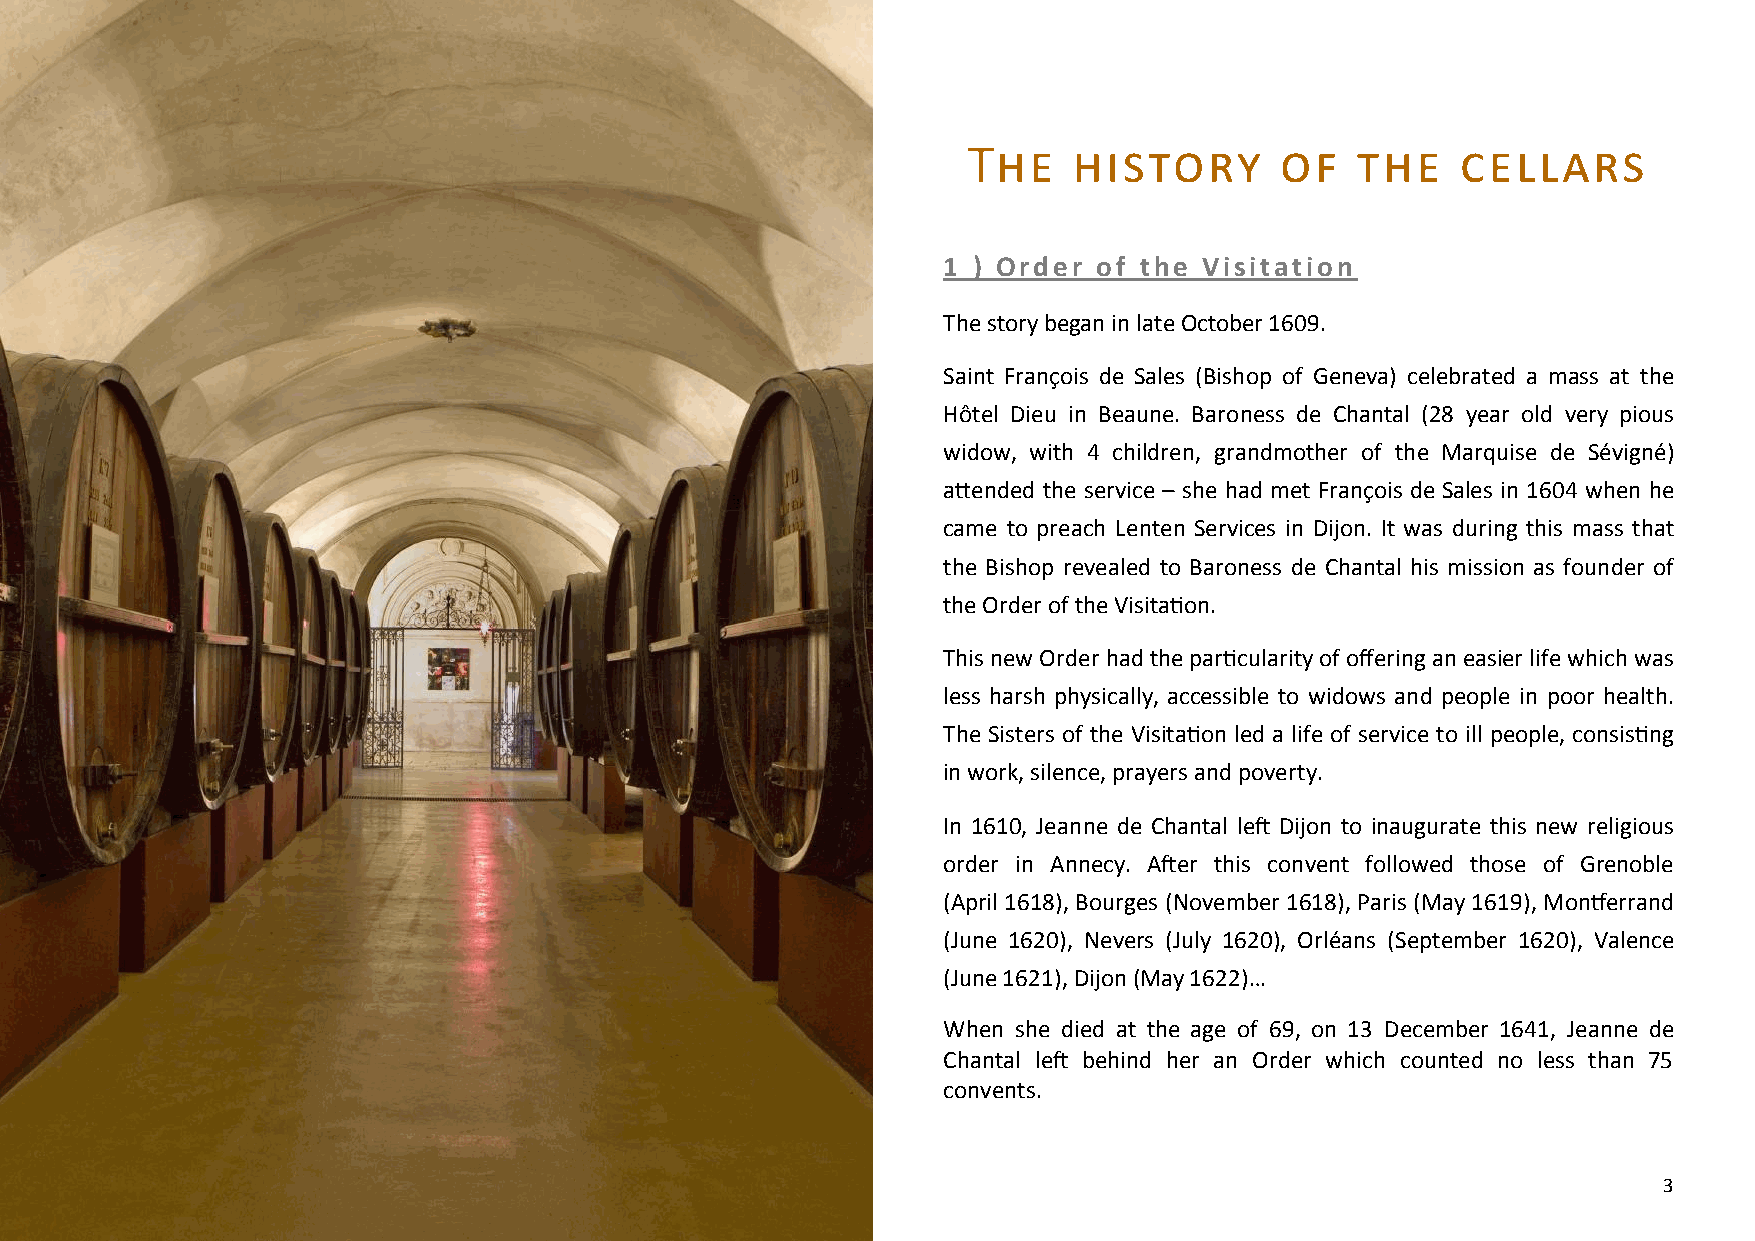
The    history       of   the    cellars
 1 ) Order  of the Visitation
 The story began in late October 1609.
 Saint François de Sales (Bishop of Geneva) celebrated a mass at the
 Hôtel Dieu in Beaune. Baroness de Chantal (28 year old very pious
 widow, with 4 children, grandmother of the Marquise de Sévigné)
 attended the service – she had met François de Sales in 1604 when he
 came to preach Lenten Services in Dijon. It was during this mass that
 the Bishop revealed to Baroness de Chantal his mission as founder of
 the Order of the Visitation.
 This new Order had the particularity of offering an easier life which was
 less harsh physically, accessible to widows and people in poor health.
 The Sisters of the Visitation led a life of service to ill people, consisting
 in work, silence, prayers and poverty.
 In 1610, Jeanne de Chantal left Dijon to inaugurate this new religious
 order in Annecy. After this convent followed those of Grenoble
 (April 1618), Bourges (November 1618), Paris (May 1619), Montferrand
 (June 1620), Nevers (July 1620), Orléans (September 1620), Valence
 (June 1621), Dijon (May 1622)…
 When she died at the age of 69, on 13 December 1641, Jeanne de
 Chantal left behind her an Order which counted no less than 75
 convents.
 3